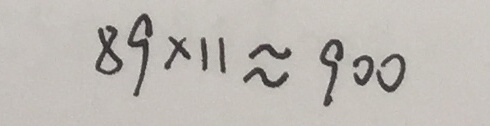
8 9 \times 1 1 \approx 9 0 0